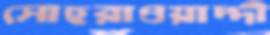
সোহরাওয়াদ্দী